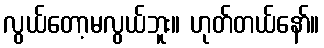
လွယ်တော့မလွယ်ဘူး။ ဟုတ်တယ်နော်။